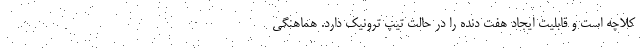
کلاچه است و قابلیت ایجاد هفت دنده را در حالت تیپ ترونیک دارد. هماهنگی